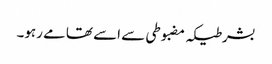
بشرطیکہ مضبوطی سے اسے تھامے رہو۔